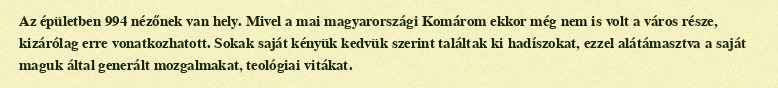
Az épületben 994 nézőnek van hely. Mivel a mai magyarországi Komárom ekkor még nem is volt a város része, kizárólag erre vonatkozhatott. Sokak saját kényük kedvük szerint találtak ki hadíszokat, ezzel alátámasztva a saját maguk által generált mozgalmakat, teológiai vitákat.